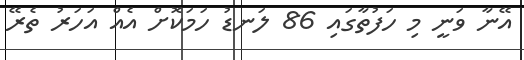
އޭނާ ވަނީ މި ހަފުތާގައި 86 ލަނޑު ހަމަކޮށް އެއް އަހަރު ތެރޭ